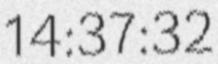
14:37:32